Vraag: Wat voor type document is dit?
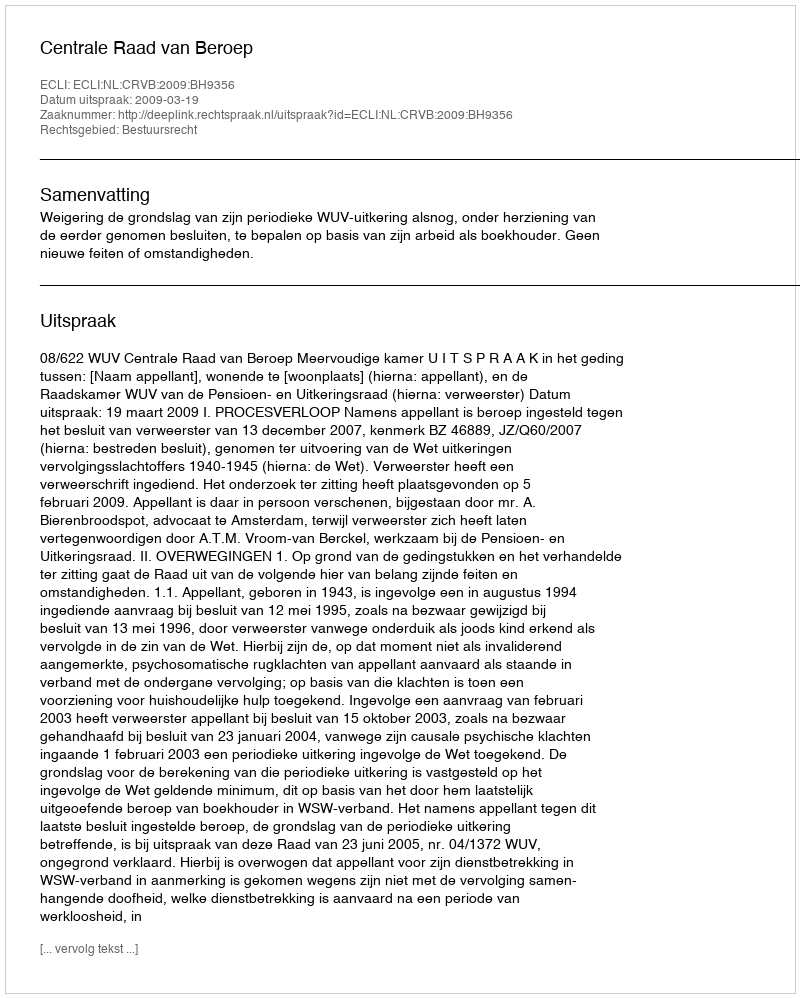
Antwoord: Uitspraak